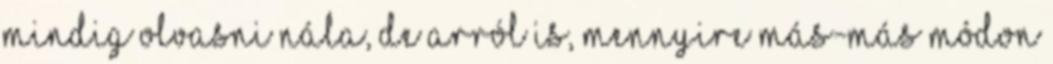
mindig olvasni nála, de arról is, mennyire más-más módon